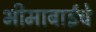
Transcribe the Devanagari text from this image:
भीमाबाईचे